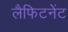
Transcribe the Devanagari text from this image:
लैफिटनेंट